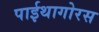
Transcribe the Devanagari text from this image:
पाईथागोरस